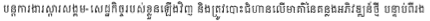
បន្តការងារស្តារសង្គម- សេដ្ឋកិច្ចរបស់ខ្លួនឡើងវិញ និងត្រូវបោះជំហានលើមាគ៌ានៃគន្លងអភិវឌ្ឍន៍ថ្មី បន្ទាប់ពីរង